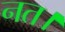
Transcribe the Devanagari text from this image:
नत।